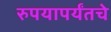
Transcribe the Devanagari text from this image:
रुपयापर्यंतचे